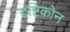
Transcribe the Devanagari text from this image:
द्दष्टिकोन